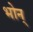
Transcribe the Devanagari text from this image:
भोन्